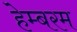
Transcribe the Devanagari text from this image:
हेम्बरम